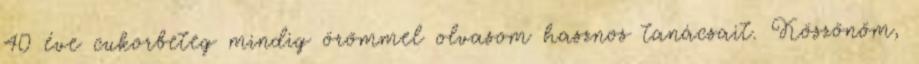
40 éve cukorbeteg mindig örömmel olvasom hasznos tanácsait. Köszönöm,